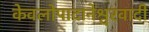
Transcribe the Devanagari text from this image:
केवलोपादानेश्वरवादी